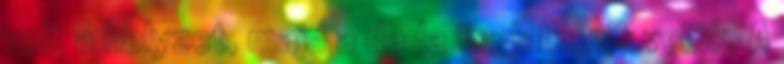
volt a helyzet, majd a dada foglalkozik velük. A